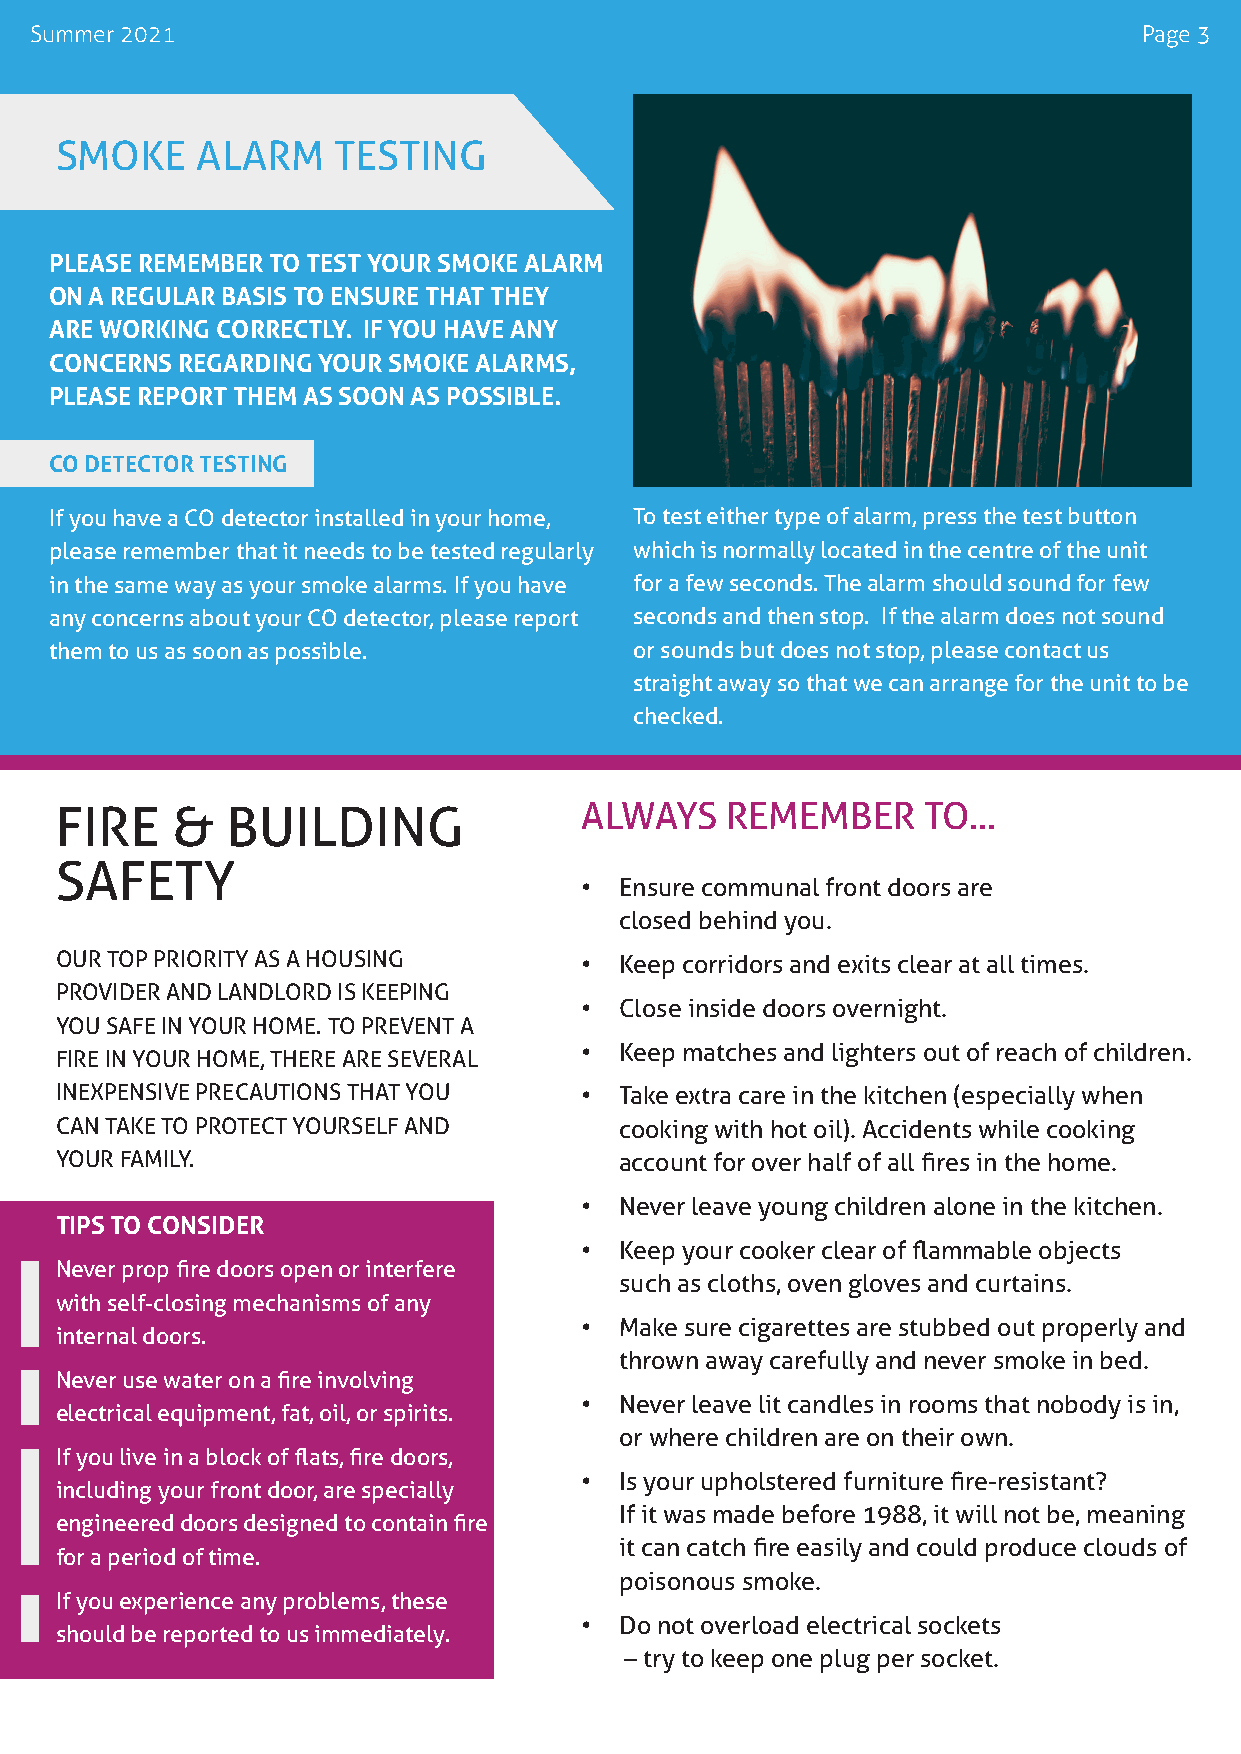
Summer 2021                                                               Page 3
 SMOKE    ALARM    TESTING
 PLEASE REMEMBER TO TEST YOUR SMOKE ALARM
 ON A REGULAR BASIS TO ENSURE THAT THEY
 ARE WORKING CORRECTLY. IF YOU HAVE ANY
 CONCERNS REGARDING YOUR SMOKE ALARMS,
 PLEASE REPORT THEM AS SOON AS POSSIBLE.
 CO DETECTOR TESTING
 If you have a CO detector installed in your home, To test either type of alarm, press the test button
 please remember that it needs to be tested regularly which is normally located in the centre of the unit
 in the same way as your smoke alarms. If you have for a few seconds. The alarm should sound for few
 any concerns about your CO detector, please report seconds and then stop. If the alarm does not sound
 them to us as soon as possible.        or sounds but does not stop, please contact us
 straight away so that we can arrange for the unit to be
 checked.
 FIRE   &   BUILDING               ALWAYS    REMEMBER     TO...
 SAFETY
 •  Ensure communal front doors are
 closed behind you.
 OUR TOP PRIORITY AS A HOUSING     •  Keep corridors and exits clear at all times.
 PROVIDER AND LANDLORD IS KEEPING
 •  Close inside doors overnight.
 YOU SAFE IN YOUR HOME. TO PREVENT A
 •  Keep matches and lighters out of reach of children.
 FIRE IN YOUR HOME, THERE ARE SEVERAL
 INEXPENSIVE PRECAUTIONS THAT YOU  •  Take extra care in the kitchen (especially when
 CAN TAKE TO PROTECT YOURSELF AND     cooking with hot oil). Accidents while cooking
 YOUR FAMILY.                         account for over half of all fires in the home.
 •  Never leave young children alone in the kitchen.
 TIPS TO CONSIDER
 •  Keep your cooker clear of flammable objects
 Never prop fire doors open or interfere
 such as cloths, oven gloves and curtains.
 with self-closing mechanisms of any
 •  Make sure cigarettes are stubbed out properly and
 internal doors.
 thrown away carefully and never smoke in bed.
 Never use water on a fire involving
 •  Never leave lit candles in rooms that nobody is in,
 electrical equipment, fat, oil, or spirits.
 or where children are on their own.
 If you live in a block of flats, fire doors,
 •  Is your upholstered furniture fire-resistant?
 including your front door, are specially
 If it was made before 1988, it will not be, meaning
 engineered doors designed to contain fire
 it can catch fire easily and could produce clouds of
 for a period of time.
 poisonous smoke.
 If you experience any problems, these
 •  Do not overload electrical sockets
 should be reported to us immediately.
 – try to keep one plug per socket.